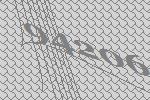
94206